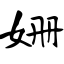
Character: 姗